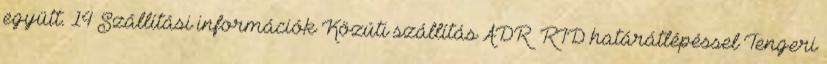
együtt. 14 Szállítási információk Közúti szállítás ADR RID határátlépéssel Tengeri